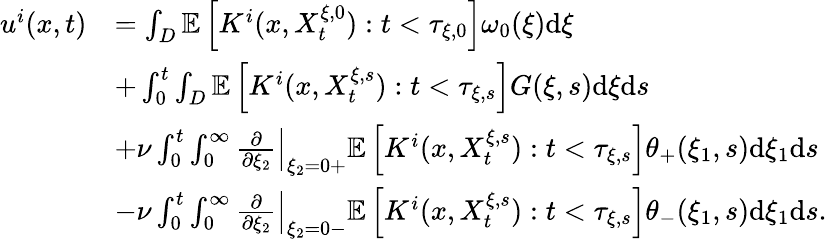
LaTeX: \begin{array}{rl}{u^{i}(x,t)}&{=\int_{D}\mathbb{E}\left[K^{i}(x,X_{t}^{\xi,0}):t<\tau_{\xi,0}\right]\omega_{0}(\xi)\textrm{d}\xi}\\ &{+\int_{0}^{t}\int_{D}\mathbb{E}\left[K^{i}(x,X_{t}^{\xi,s}):t<\tau_{\xi,s}\right]G(\xi,s)\textrm{d}\xi\textrm{d}s}\\ &{+\nu\int_{0}^{t}\int_{0}^{\infty}\left.\frac{\partial}{\partial\xi_{2}}\right|_{\xi_{2}=0+}\mathbb{E}\left[K^{i}(x,X_{t}^{\xi,s}):t<\tau_{\xi,s}\right]\theta_{+}(\xi_{1},s)\textrm{d}\xi_{1}\textrm{d}s}\\ &{-\nu\int_{0}^{t}\int_{0}^{\infty}\left.\frac{\partial}{\partial\xi_{2}}\right|_{\xi_{2}=0-}\mathbb{E}\left[K^{i}(x,X_{t}^{\xi,s}):t<\tau_{\xi,s}\right]\theta_{-}(\xi_{1},s)\textrm{d}\xi_{1}\textrm{d}s.}\end{array}